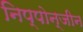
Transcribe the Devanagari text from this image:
निप्पोन्जीन